Vaccination in Bombay 1889-1901 - 1889-1901
Year: 1889
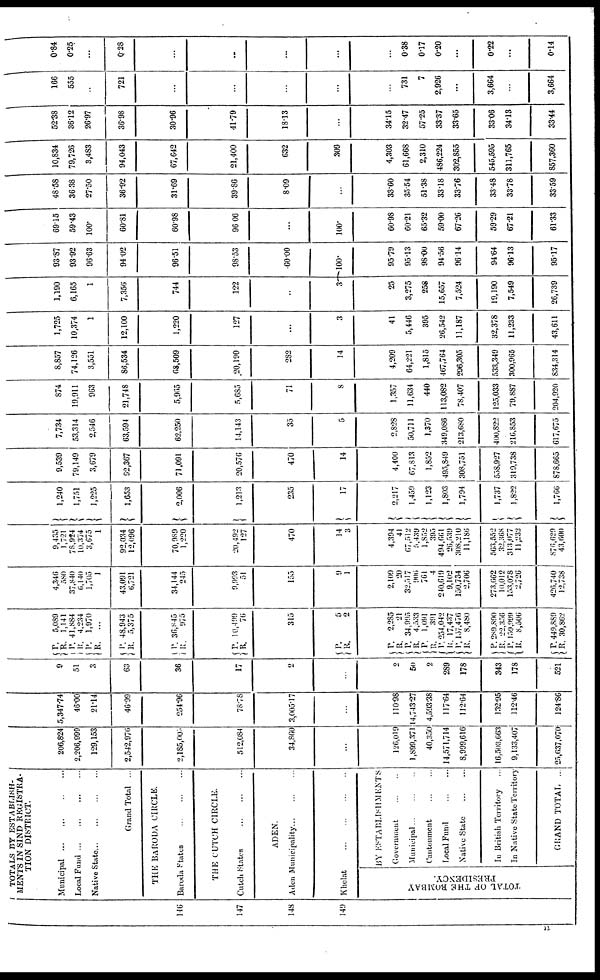
146
147
148
149
TOTALS BY ESTABLISH-
MENTS IN SIND REGISTRA¬
TION DISTRICT.
Municipal
...
...
...
...
Local Fund
...
...
...
...
Native State
...
...
...
...
Grand Total ...
THE BARODA CIRCLE.
Baroda States
...
...
...
THE CUTCH CIRCLE.
Cutch States
...
...
...
ADEN.
Aden Municipality
...
...
...
Khelat
...
...
...
...
TOTAL OF THE BOMBAY
PRESIDENCY.
BY ESTABLISHMENTS
Government ... ...
Municipal
...
...
...
Cantonment ... ...
Local Fund
...
...
Native State
...
...
In British Territory ...
In Native State Territory
GRAND TOTAL ...
206,824
2,206,999
129,153
2,542,976
2,185,005
512,084
34,860
...
126,019
1,899,371
40,350
14,571,714
8,999,616
16,503,663
9,133,407
25,637,070
5,347.74
46.00
21.14
46.99
254.96
78.78
3,005.17
...
110.98
14,743.27
4,593.38
117.64
112.64
132.95
112.46
124.86
9
51
3
63
36
17
2
...
2
50
2
289
178
343
178
521
P.
R.
P.
R.
P .
R.
P.
R.
5,089
1,141
41,884
4,234
1,970
...
48,943
5,375
P.
R.
P.
R.
36,845
975
10,499
76
315
P.
R.
5
2
P.
R.
P.
R.
P.
R. P.
R. P.
R.
P.
R.
P.
R.
P.
R.
2,285
21
34,995
4,533
1,091
391
254,042
17,437
1,57,476
8,480
289,890
22,356
150,999
8,506
449,889
30,862
4,346
580
37,840
6,140
1,705
1
43,091
6,721
34,144
245
9,993
51
155
9
1
2,109
20
32,517
906
761
4
240,619
9,102
150,734
2,706
273,662
10,012
153,078
2,726
426,740
12,738
9,435
1,721
78,924
10,374
3,675
1
92,034
12,096
70,989
1,220
20,492
127
470
14
3
4,304
41
67,512
5,439
1,852
395
404,661
26,530
308,210
11,186
563,552
32,368
313,077
11,232
876,620
43,600
1,240
1,751
1,225
1,653
2,006
1,213
235
17
2,217
1,459
1,123
1,803
1,794
1,737
1,822
1,766
9,539
79,149
3,679
92,367
71,091
20,576
470
14
4,400
67,813
1,852
495,849
308,751
558,927
319,738
878,665
7,734
53,314
2,546
63,594
62,250
14,143
35
5
2,828
50,711
1,370
349,086
213,680
400,822
216,853
617,675
874
19,911
963
21,748
5,965
5,685
71
8
1,357
11,634
440
113,082
78,407
125,033
79,887
204,920
8,857
74,126
3,551
86,534
68,509
20,190
282
14
4,209
64,221
1,815
467,764
296,305
533,349
300,965
834,314
1,725
10,374
1
12,100
1,220
127
...
3
41
5,446
395
26,542
11,187
32,378
11,233
43,611
1,190
6,165
1
7,356
744
122
...
3
25
3,275
258
15,657
7,524
19,190
7,549
26,739
93.87
93.92
96.63
94.02
96.51
98.53
60.00
100.
95.79
95.13
98.00
94.56
96.14
94.64
96.13
95.17
69.15
59.43
100.
60.81
60.98
96.06
...
100.
60.98
60.21
65.32
59.00
67.26
59.29
67.21
61.33
48.58
36.38
27.50
36.92
31.69
39.86
8.09
...
33.60
35.54
51.38
33.18
33.76
33.48
33.78
33.59
10,834
79,726
3,483
94,043
67,642
21,400
632
309
4,303
61,668
2,310
486,224
302,855
545,595
311,765
857,360
52.38
36.12
26.97
36.98
30.96
41.79
18.13
...
34.15
32.47
57.25
33.37
33.65
33.06
34.18
33.44
166
555
...
721
...
...
...
...
...
731
7
2,926
...
3,664
...
3,664
0.84
0.25
...
0.28
...
...
...
...
...
0.38
0.17
0.20
...
0.22
...
0.14
11